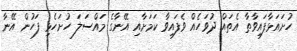
ހުށައަޅާފައިވާތާ އެތައް ދުވަހެއް ވެފައިވާ ކަމަށާއި އޭނާގެ މައްސަލަ ހުށަހެޅި ފަހުން އޭނާ